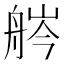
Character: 𦨽